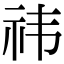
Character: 祎